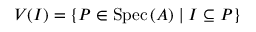
V ( I ) = \{ P \in \operatorname { S p e c } \, ( A ) \mid I \subseteq P \}